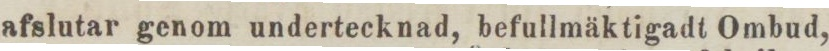
afslutar genom undertecknad, befullmäktigadt Ombud,